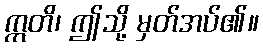
ဣတိ၊ ဤသို့ မှတ်အပ်၏။